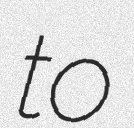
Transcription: to